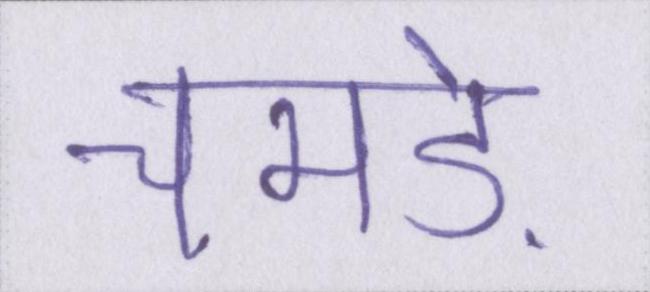
चमड़े